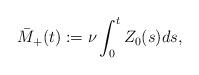
LaTeX: \begin{align*} \bar{M}_+(t) := \nu\int_0^t Z_0(s)ds, \end{align*}